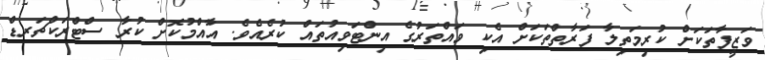
ވަޒީފާތަކަށް ކުރިމަތިލާ ފަރާތްތަކަށް އެކި ވައްތަރުގެ އިންޓަވިއުތައް ކުރެއެވެ. އާއްމުކޮށް ކުރާ ސްޓްރަކްޗަރޑް